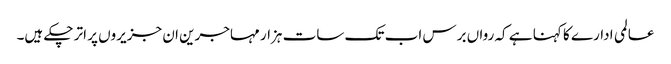
عالمی ادارے کا کہنا ہے کہ رواں برس اب تک سات ہزار مہاجرین ان جزیروں پر اتر چکے ہیں۔